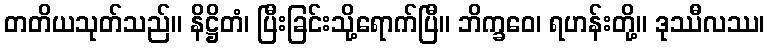
တတိယသုတ်သည်။ နိဋ္ဌိတံ၊ ပြီးခြင်းသို့ရောက်ပြီ။ ဘိက္ခဝေ၊ ရဟန်းတို့။ ဒုဿီလဿ၊